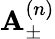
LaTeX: {\mathbf A}_{\pm}^{(n)}